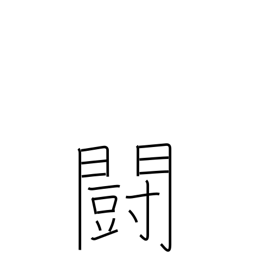
Meaning: war